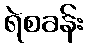
ရဲစခန်း